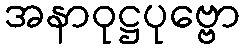
အနာဝုဋ္ဌပုဗ္ဗော